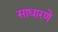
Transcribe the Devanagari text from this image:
साधारणे